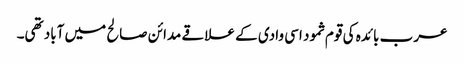
عرب بائدہ کی قوم ثمود اسی وادی کے علاقے مدائن صالح میں آباد تھی۔